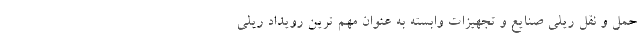
حمل و نقل ریلی صنایع و تجهیزات وابسته به عنوان مهم ترین رویداد ریلی